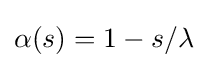
\alpha (s)=1-s/\lambda